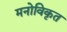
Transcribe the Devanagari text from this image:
मनोविकृत